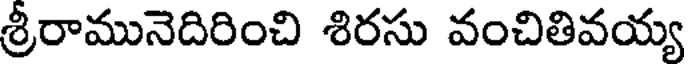
శ్రీరామునెదిరించి శిరసు వంచితివయ్య